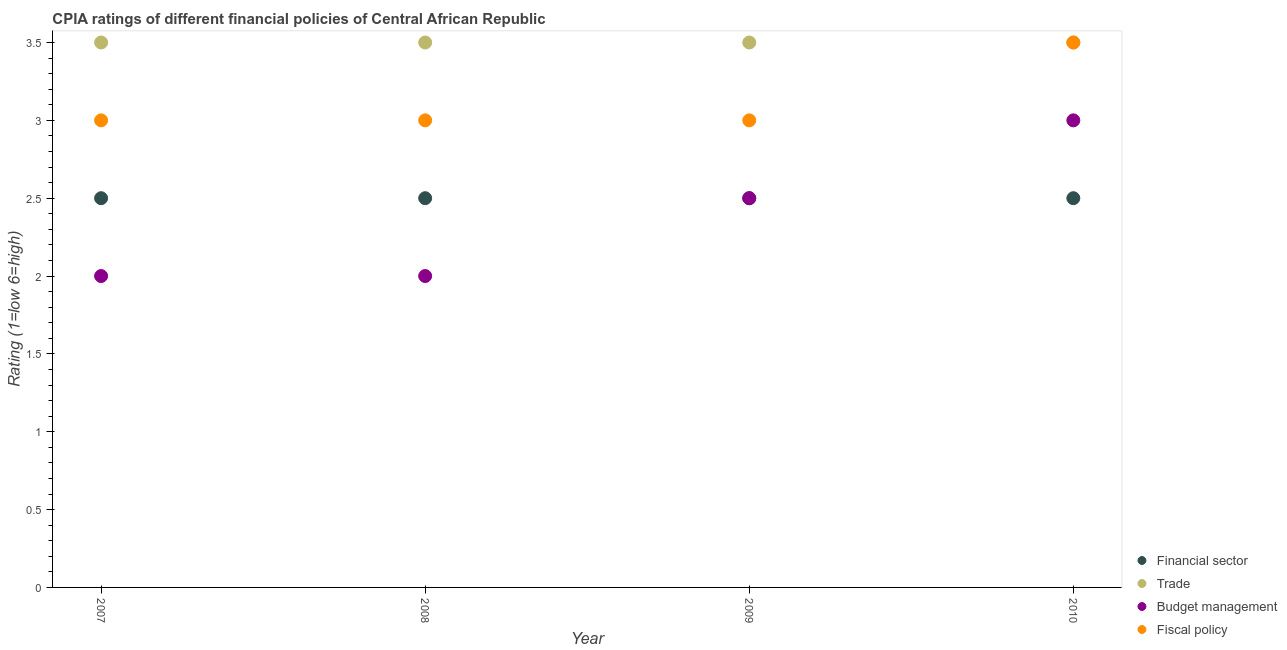
| Year | Financial sector | Trade | Budget management | Fiscal policy |
 | --- | --- | --- | --- | --- |
 | 2007 | 2.5 | 3.5 | 2 | 3 |
 | 2008 | 2.5 | 3.5 | 2 | 3 |
 | 2009 | 2.5 | 3.5 | 2.5 | 3 |
 | 2010 | 2.5 | 3.5 | 3 | 3.5 |